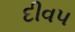
દીવ૫